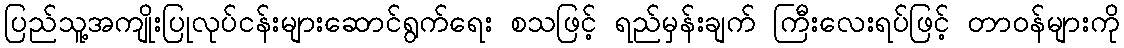
ပြည်သူ့အကျိုးပြုလုပ်ငန်းများဆောင်ရွက်ရေး စသဖြင့် ရည်မှန်းချက် ကြီးလေးရပ်ဖြင့် တာဝန်များကို